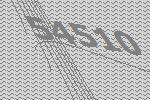
54510